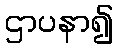
ဌာပနာ၍